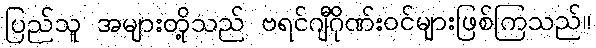
ပြည်သူ အများတို့သည် ဗရင်ဂျီဂိုဏ်းဝင်များဖြစ်ကြသည်။